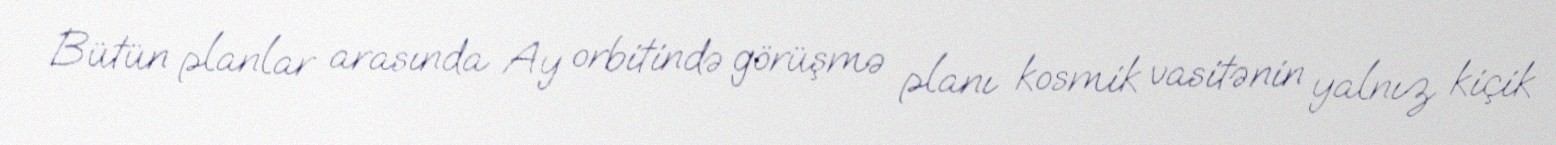
Bütün planlar arasında Ay orbitində görüşmə planı kosmik vasitənin yalnız kiçik